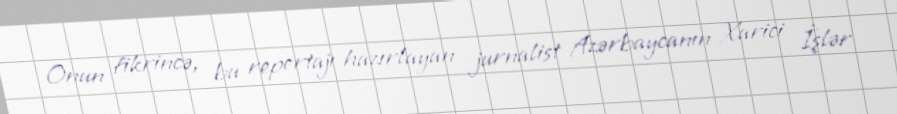
Onun fikrincə, bu reportajı hazırlayan jurnalist Azərbaycanın Xarici İşlər